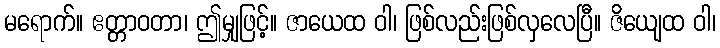
မရောက်။ ဧတ္တာဝတာ၊ ဤမျှဖြင့်။ ဇာယေထ ဝါ၊ ဖြစ်လည်းဖြစ်လှလေပြီ။ ဇိယျေထ ဝါ၊